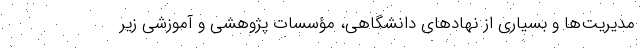
مدیریت‌ها و بسیاری از نهادهای دانشگاهی، مؤسسات پژوهشی و آموزشی زیر